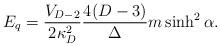
LaTeX: \begin{align*}E_q={V_{D-2}\over{2\kappa^2_D}}{{4(D-3)}\over\Delta}m\sinh^2\alpha.\end{align*}